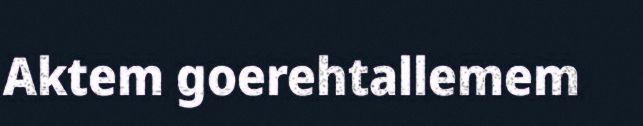
Aktem goerehtallemem